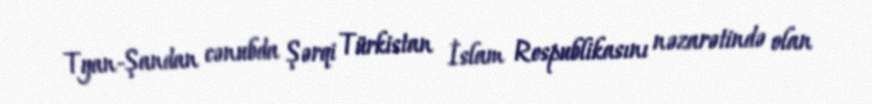
Tyan-Şandan cənubda Şərqi Türkistan İslam Respublikasını nəzarətində olan